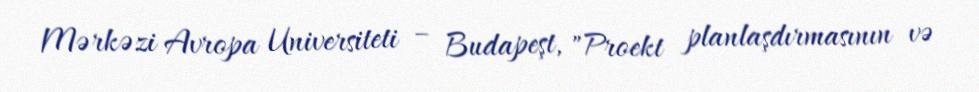
Mərkəzi Avropa Universiteti – Budapeşt, "Proekt planlaşdırmasının və